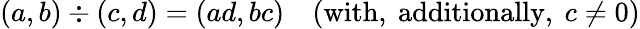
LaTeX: (a,b)\div(c,d)=(ad,bc)\quad({\mathrm{with,~additionally,~}}c\neq 0)